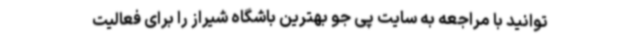
‌توانید با مراجعه به سایت پی جو بهترین باشگاه شیراز را برای فعالیت